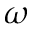
\omega